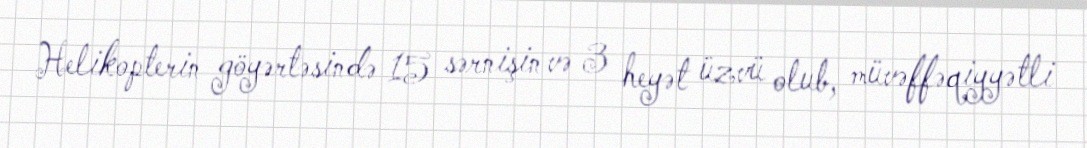
Helikopterin göyərtəsində 15 sərnişin və 3 heyət üzvü olub, müvəffəqiyyətli